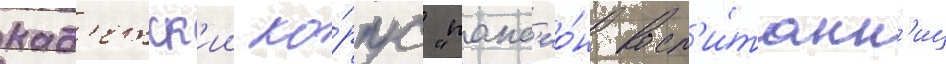
кад'етск'ии ко́рпус "панс'ио́н восп'и́танн'иц